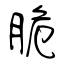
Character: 脆